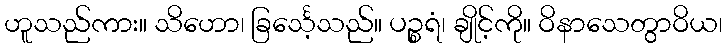
ဟူသည်ကား။ သိဟော၊ ခြင်္သေ့သည်။ ပဉ္စရံ၊ ချိုင့်ကို။ ဝိနာသေတွာဝိယ၊